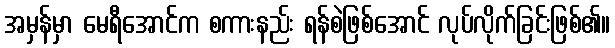
အမှန်မှာ မေရီအောင်က စကားနည်း ရန်စဲဖြစ်အောင် လုပ်လိုက်ခြင်းဖြစ်၏။